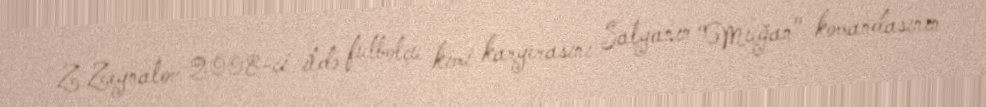
Z.Zeynalov 2008-ci ildə futbolçu kimi karyerasını Salyanın "Muğan" komandasının